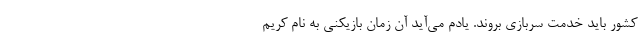
کشور باید خدمت سربازی بروند. یادم می‌آید آن زمان بازیکنی به نام کریم